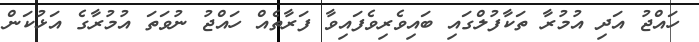
ހައްޖު އަދި އުމުރާ ތަކާފުލްގައި ބައިވެރިވެފައިވާ ފަރާތެއް ހައްޖު ނުވަތަ އުމުރާގެ އަޅުކަން